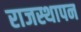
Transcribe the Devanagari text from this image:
राजस्थापन